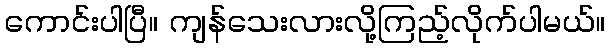
ကောင်းပါပြီ။ ကျန်သေးလားလို့ကြည့်လိုက်ပါမယ်။